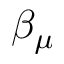
\beta _ { \mu }